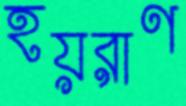
হয়রাণ